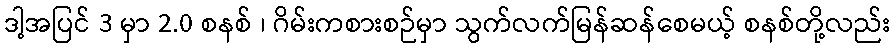
ဒါ့အပြင် 3 မှာ 2.0 စနစ် ၊ ဂိမ်းကစားစဉ်မှာ သွက်လက်မြန်ဆန်စေမယ့် စနစ်တို့လည်း